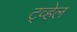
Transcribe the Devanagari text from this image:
ट्व्हेल